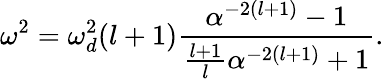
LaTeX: \omega^{2}=\omega_{d}^{2}(l+1)\frac{\alpha^{-2(l+1)}-1}{\frac{l+1}{l}\alpha^{-2(l+1)}+1}.